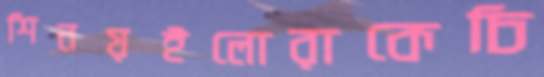
শিনয়ইলোরাকেচি